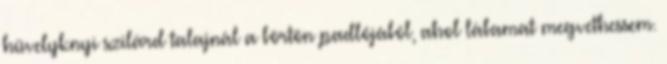
hüvelyknyi szilárd talajnál a börtön padlójából, ahol lábamat megvethessem.